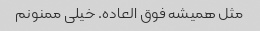
مثل همیشه فوق العاده. خیلی ممنونم